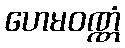
ဟေမဝဏ္ဏံ